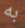
به